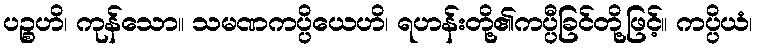
ပဉ္စဟိ၊ ကုန်သော။ သမဏကပ္ပိယေဟိ၊ ရဟန်းတို့၏ကပ္ပီခြင်တို့ဖြင့်။ ကပ္ပိယံ၊